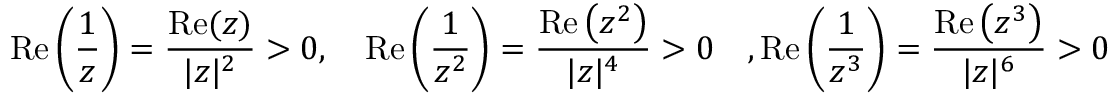
\operatorname { R e } \left( \frac { 1 } { z } \right) = \frac { \operatorname { R e } ( z ) } { | z | ^ { 2 } } > 0 , \quad \operatorname { R e } \left( \frac { 1 } { z ^ { 2 } } \right) = \frac { \operatorname { R e } \left( z ^ { 2 } \right) } { | z | ^ { 4 } } > 0 \quad , \operatorname { R e } \left( \frac { 1 } { z ^ { 3 } } \right) = \frac { \operatorname { R e } \left( z ^ { 3 } \right) } { | z | ^ { 6 } } > 0